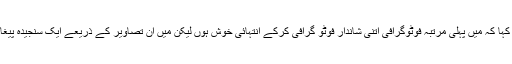
کیون رونی نے کہا کہ میں پہلی مرتبہ فوٹوگرافی اتنی شاندار فوٹو گرافی کرکے انتہائی خوش ہوں لیکن میں ان تصاویر کے ذریعے ایک سنجیدہ پیغام دینا چاہتا ہوں۔